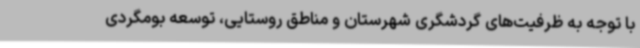
با توجه به ظرفیت‌های گردشگری شهرستان و مناطق روستایی، توسعه بومگردی